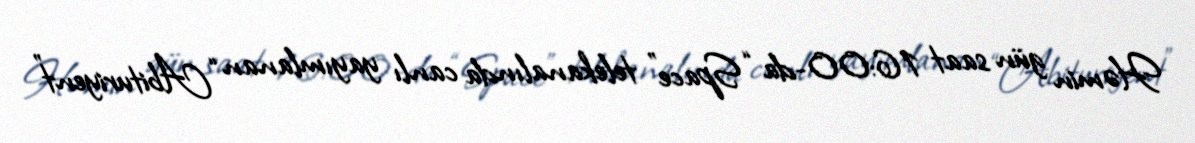
Həmin gün saat 16:00-da “Space” telekanalında canlı yayımlanan “Abituriyent”